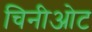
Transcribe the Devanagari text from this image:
चिनीओट